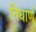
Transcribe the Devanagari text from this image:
निधार्ण